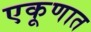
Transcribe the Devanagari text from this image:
एकूणात